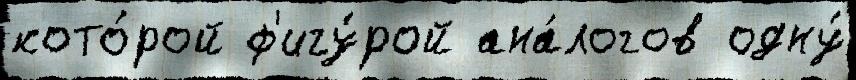
кото́рой ф'игу́рой ана́логов одну́